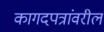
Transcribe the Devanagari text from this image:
कागदपत्रांवरील